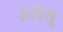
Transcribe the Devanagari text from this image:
हरोयू